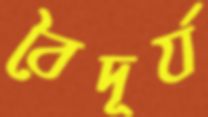
বৈদূর্য